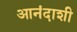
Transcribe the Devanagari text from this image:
आनंदाशी